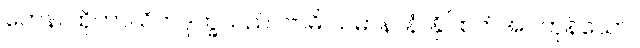
တေန၊ ထိုကာယိကဒုက္ခသည်။ ဗာဓိ ယမာနာနံ၊ နှိပ်စက်အပ်ကုန်သော။